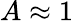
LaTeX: A\approx 1